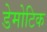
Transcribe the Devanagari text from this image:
डेमोटिक